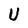
Character: U